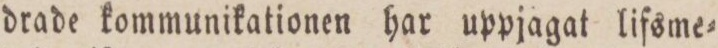
drade kommunikationen har uppjagat lifsme=